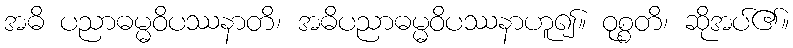
အဓိ ပညာဓမ္မဝိပဿနာတိ၊ အဓိပညာဓမ္မဝိပဿနာဟူ၍။ ဝုစ္စတိ၊ ဆိုအပ်၏။